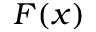
F ( x )